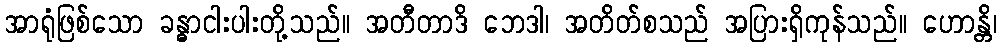
အာရုံဖြစ်သော ခန္ဓာငါးပါးတို့သည်။ အတီတာဒိ ဘေဒါ၊ အတိတ်စသည် အပြားရှိကုန်သည်။ ဟောန္တိ၊